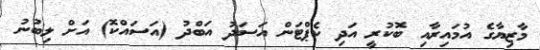
މާޒިޔާގެ އުމައިރާއި ބޮކުރީ އަދި ކެޕްޓަން އަސަދު އަބްދު (އަސައްކޮ) އަށް ލިބުނު